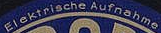
Elektrische Aufnahme